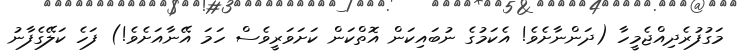
މަގުފުރެދިއްޖެމީހާ (ދަންނާށެވެ! އެކަމުގެ ނުބައިކަން އޮތްކަން ކަށަވަރީވެސް ހަމަ އޭނާއަށެވެ!) ފަހެ ކަލޭގެފާނު